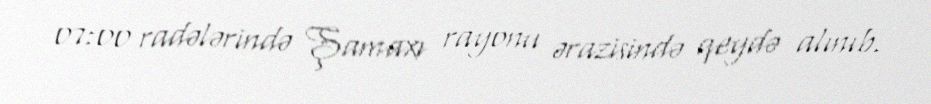
07:00 radələrində Şamaxı rayonu ərazisində qeydə alınıb.